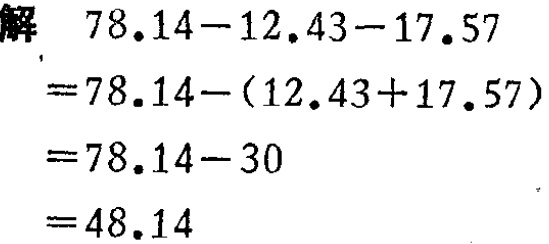
解
\[
\begin{align*}
&78.14 - 12.43 - 17.57\\
=&78.14-(12.43 + 17.57)\\
=&78.14 - 30\\
=&48.14
\end{align*}
\]